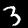
Digit: 3